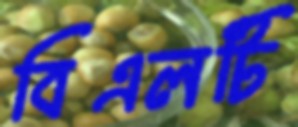
বিএলটি